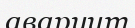
аваруит